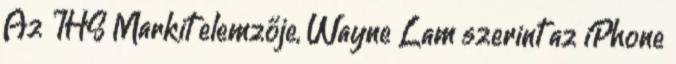
Az IHS Markit elemzője, Wayne Lam szerint az iPhone